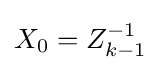
X_{0}=Z_{k-1}^{-1}